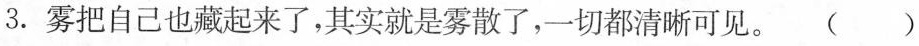
3.雾把自己也藏起来了，其实就是雾散了，一切都清晰可见。()